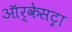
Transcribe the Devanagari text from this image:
ऑर्केसट्रा